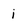
Character: i